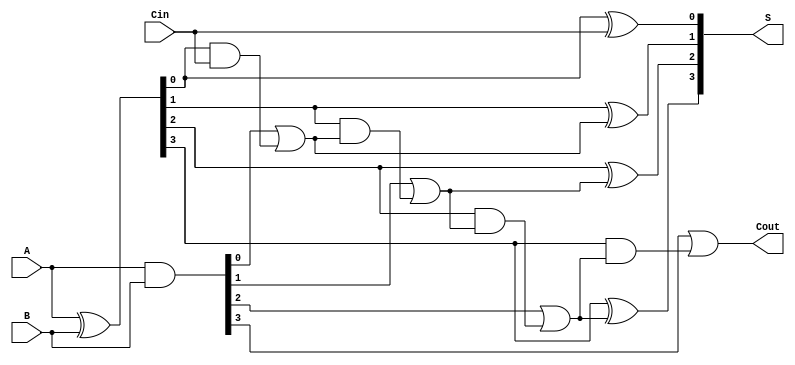
module CLA_4bit (
    input [3:0] A,      // 4-bit input A
    input [3:0] B,      // 4-bit input B
    input Cin,          // Carry-in
    output [3:0] S,     // 4-bit sum output
    output Cout         // Carry-out
);

    wire [3:0] G;       // Generate signals
    wire [3:0] P;       // Propagate signals
    wire [4:0] C;       // Carry signals

    // Generate and Propagate signals
    assign G = A & B;           // G[i] = A[i] & B[i]
    assign P = A ^ B;           // P[i] = A[i] ^ B[i]

    // Carry signals calculation
    assign C[0] = Cin;          // Initial carry-in
    assign C[1] = G[0] | (P[0] & C[0]);
    assign C[2] = G[1] | (P[1] & C[1]);
    assign C[3] = G[2] | (P[2] & C[2]);
    assign C[4] = G[3] | (P[3] & C[3]);

    // Sum calculation
    assign S[0] = P[0] ^ C[0];
    assign S[1] = P[1] ^ C[1];
    assign S[2] = P[2] ^ C[2];
    assign S[3] = P[3] ^ C[3];

    // Final carry-out
    assign Cout = C[4];

endmodule